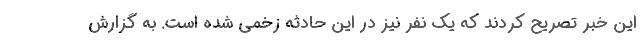
این خبر تصریح کردند که یک نفر نیز در این حادثه زخمی شده است. به گزارش